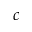
c